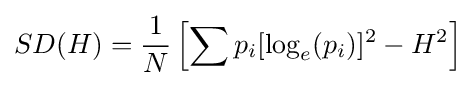
SD(H)={\frac {1}{N}}\left[\sum p_{i}[\log _{e}(p_{i})]^{2}-H^{2}\right]